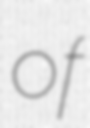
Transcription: of